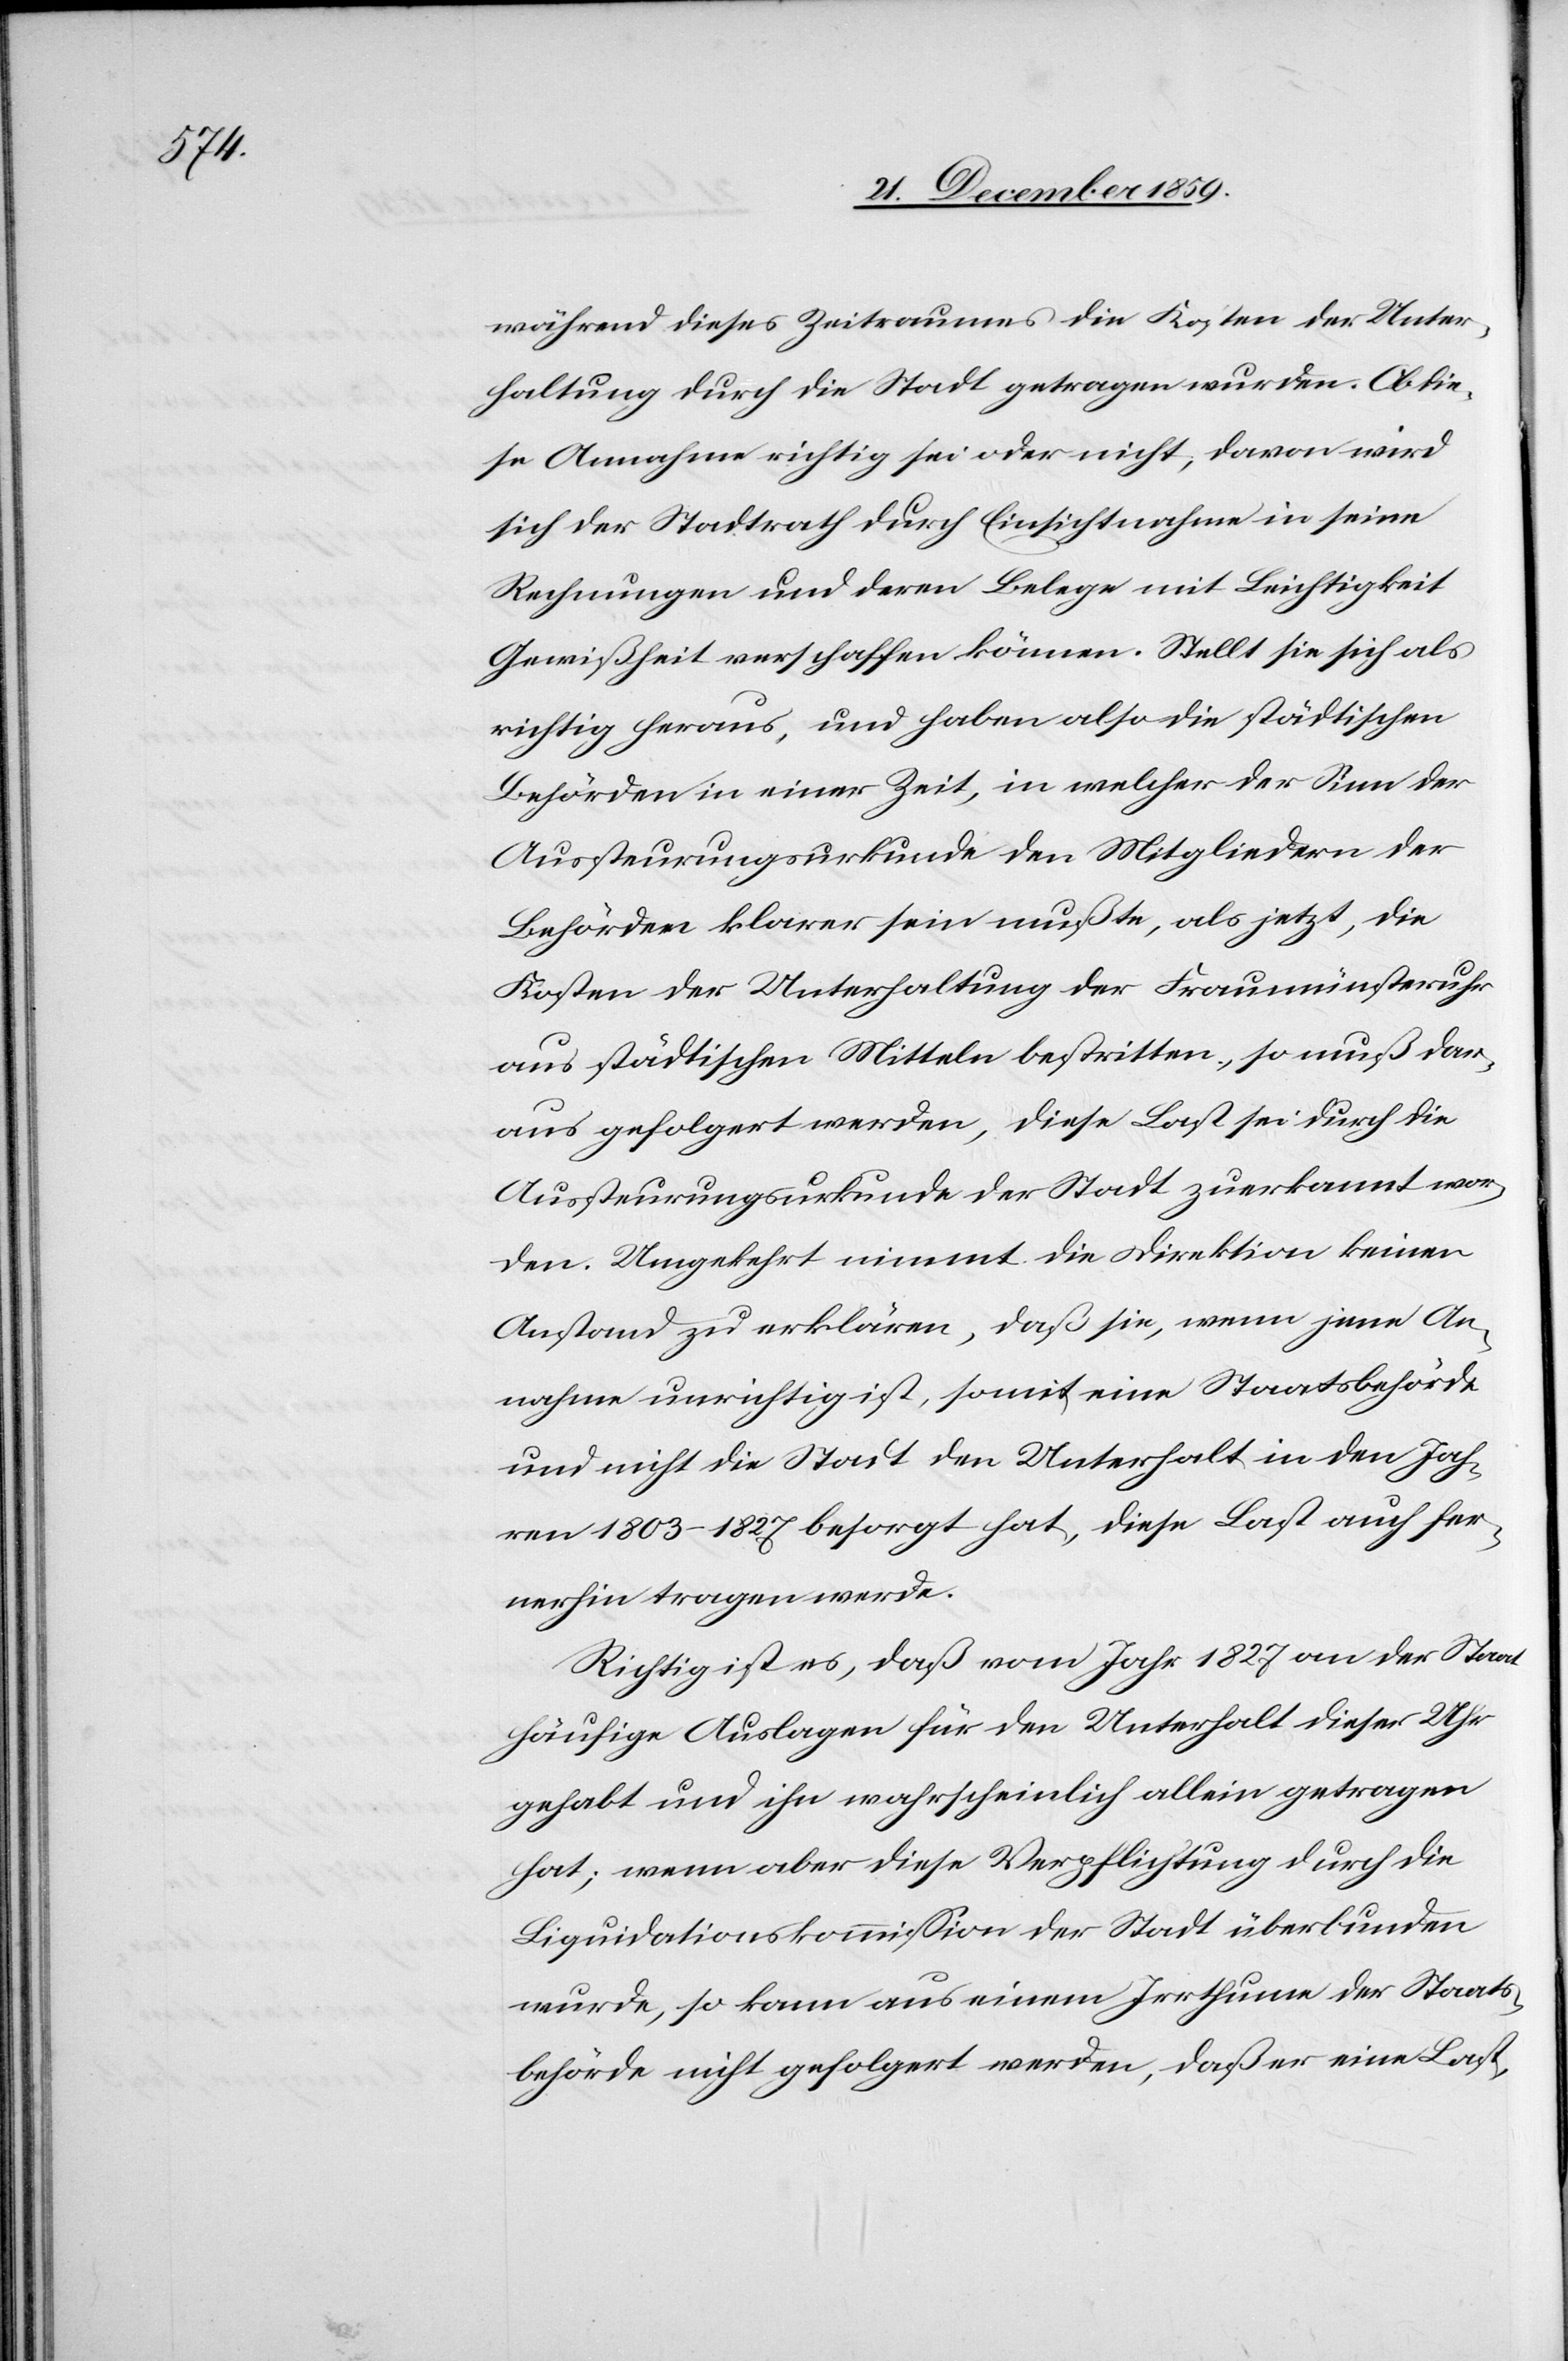
während dieses Zeitraumes die Kosten der Unter¬
haltung durch die Stadt getragen wurden. Ob die¬
se Annahme richtig sei oder nicht, davon wird
sich der Stadtrath durch Einsichtnahme in seine
Rechnungen und deren Belege mit Leichtigkeit
Gewißheit verschaffen können. Stellt sie sich als
richtig heraus, und haben also die städtischen
Behörden in einer Zeit, in welcher der Sinn der
Aussteurungsurkunde den Mitgliedern der
Behörden klarer sein mußte, als jetzt, die
Kosten der Unterhaltung der Fraumünsteruhr
aus städtischen Mitteln bestritten, so muß dar¬
aus gefolgert werden, diese Last sei durch die
Aussteurungsurkunde der Stadt zuerkannt wor¬
den. Umgekehrt nimmt die Direktion keinen
Anstand zu erklären, daß sie, wenn jene An¬
nahme unrichtig ist, somit eine Staatsbehörde
und nicht die Stadt den Unterhalt in den Jah¬
ren 1803–1827 besorgt hat, diese Last auch fer¬
nerhin tragen werde.
Richtig ist es, daß vom Jahr 1827 an der Staat
häufige Auslagen für den Unterhalt dieser Uhr
gehabt und ihn wahrscheinlich allein getragen
hat; wenn aber diese Verpflichtung durch die
Liquidationskommission der Stadt überbunden
wurde, so kann aus einem Irrthum der Staats¬
behörde nicht gefolgert werden, daß er eine Last,